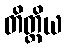
တိတ္ထိယ